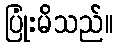
ပြုံးမိသည်။